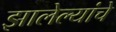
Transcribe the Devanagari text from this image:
झालेल्यांचे